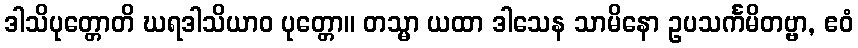
ဒါသိပုတ္တောတိ ဃရဒါသိယာဝ ပုတ္တော။ တသ္မာ ယထာ ဒါသေန သာမိနော ဥပသင်္ကမိတဗ္ဗာ, ဧဝံ